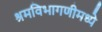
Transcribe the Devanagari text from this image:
श्रमविभागणीमध्ये